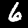
Digit: 6